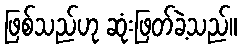
ဖြစ်သည်ဟု ဆုံးဖြတ်ခဲ့သည်။